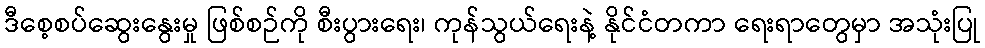
ဒီစေ့စပ်ဆွေးနွေးမှု ဖြစ်စဉ်ကို စီးပွားရေး၊ ကုန်သွယ်ရေးနဲ့ နိုင်ငံတကာ ရေးရာတွေမှာ အသုံးပြု